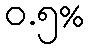
ဝ.၅%